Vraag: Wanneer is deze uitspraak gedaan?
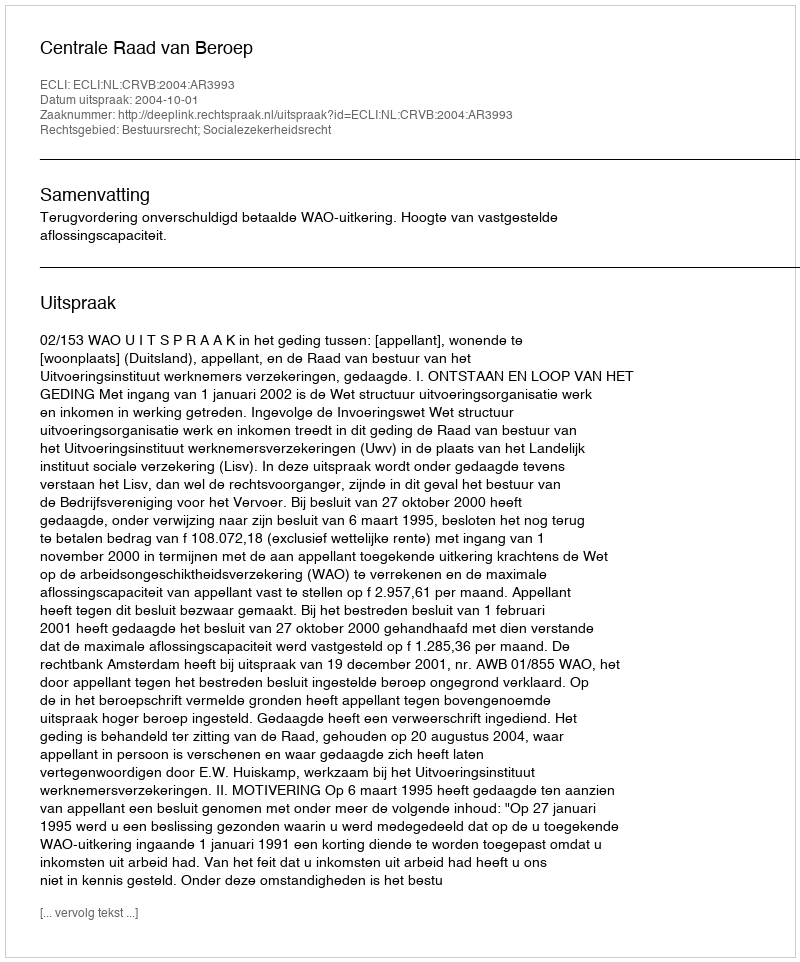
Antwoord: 2004-10-01